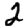
Digit: 2